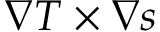
\nabla T \times \nabla s